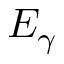
E _ { \gamma }